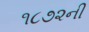
૧૮૭૨ની